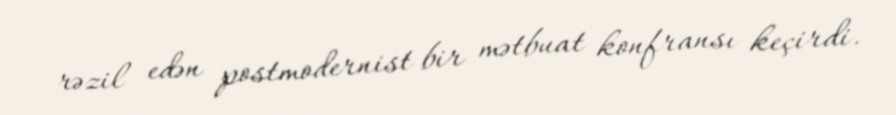
rəzil edən postmodernist bir mətbuat konfransı keçirdi.